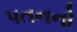
પતનનો